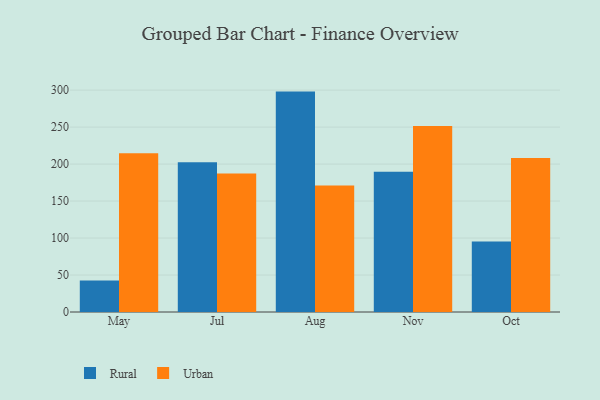
{"axis": {"x": "Month", "y": "Net Income (USD K)"}, "legend": ["Rural", "Urban"], "data": [{"x": "May", "y": 42.6, "type": "Rural"}, {"x": "May", "y": 214.7, "type": "Urban"}, {"x": "Jul", "y": 202.4, "type": "Rural"}, {"x": "Jul", "y": 187.2, "type": "Urban"}, {"x": "Aug", "y": 298.0, "type": "Rural"}, {"x": "Aug", "y": 170.9, "type": "Urban"}, {"x": "Nov", "y": 189.5, "type": "Rural"}, {"x": "Nov", "y": 251.5, "type": "Urban"}, {"x": "Oct", "y": 95.3, "type": "Rural"}, {"x": "Oct", "y": 208.1, "type": "Urban"}]}